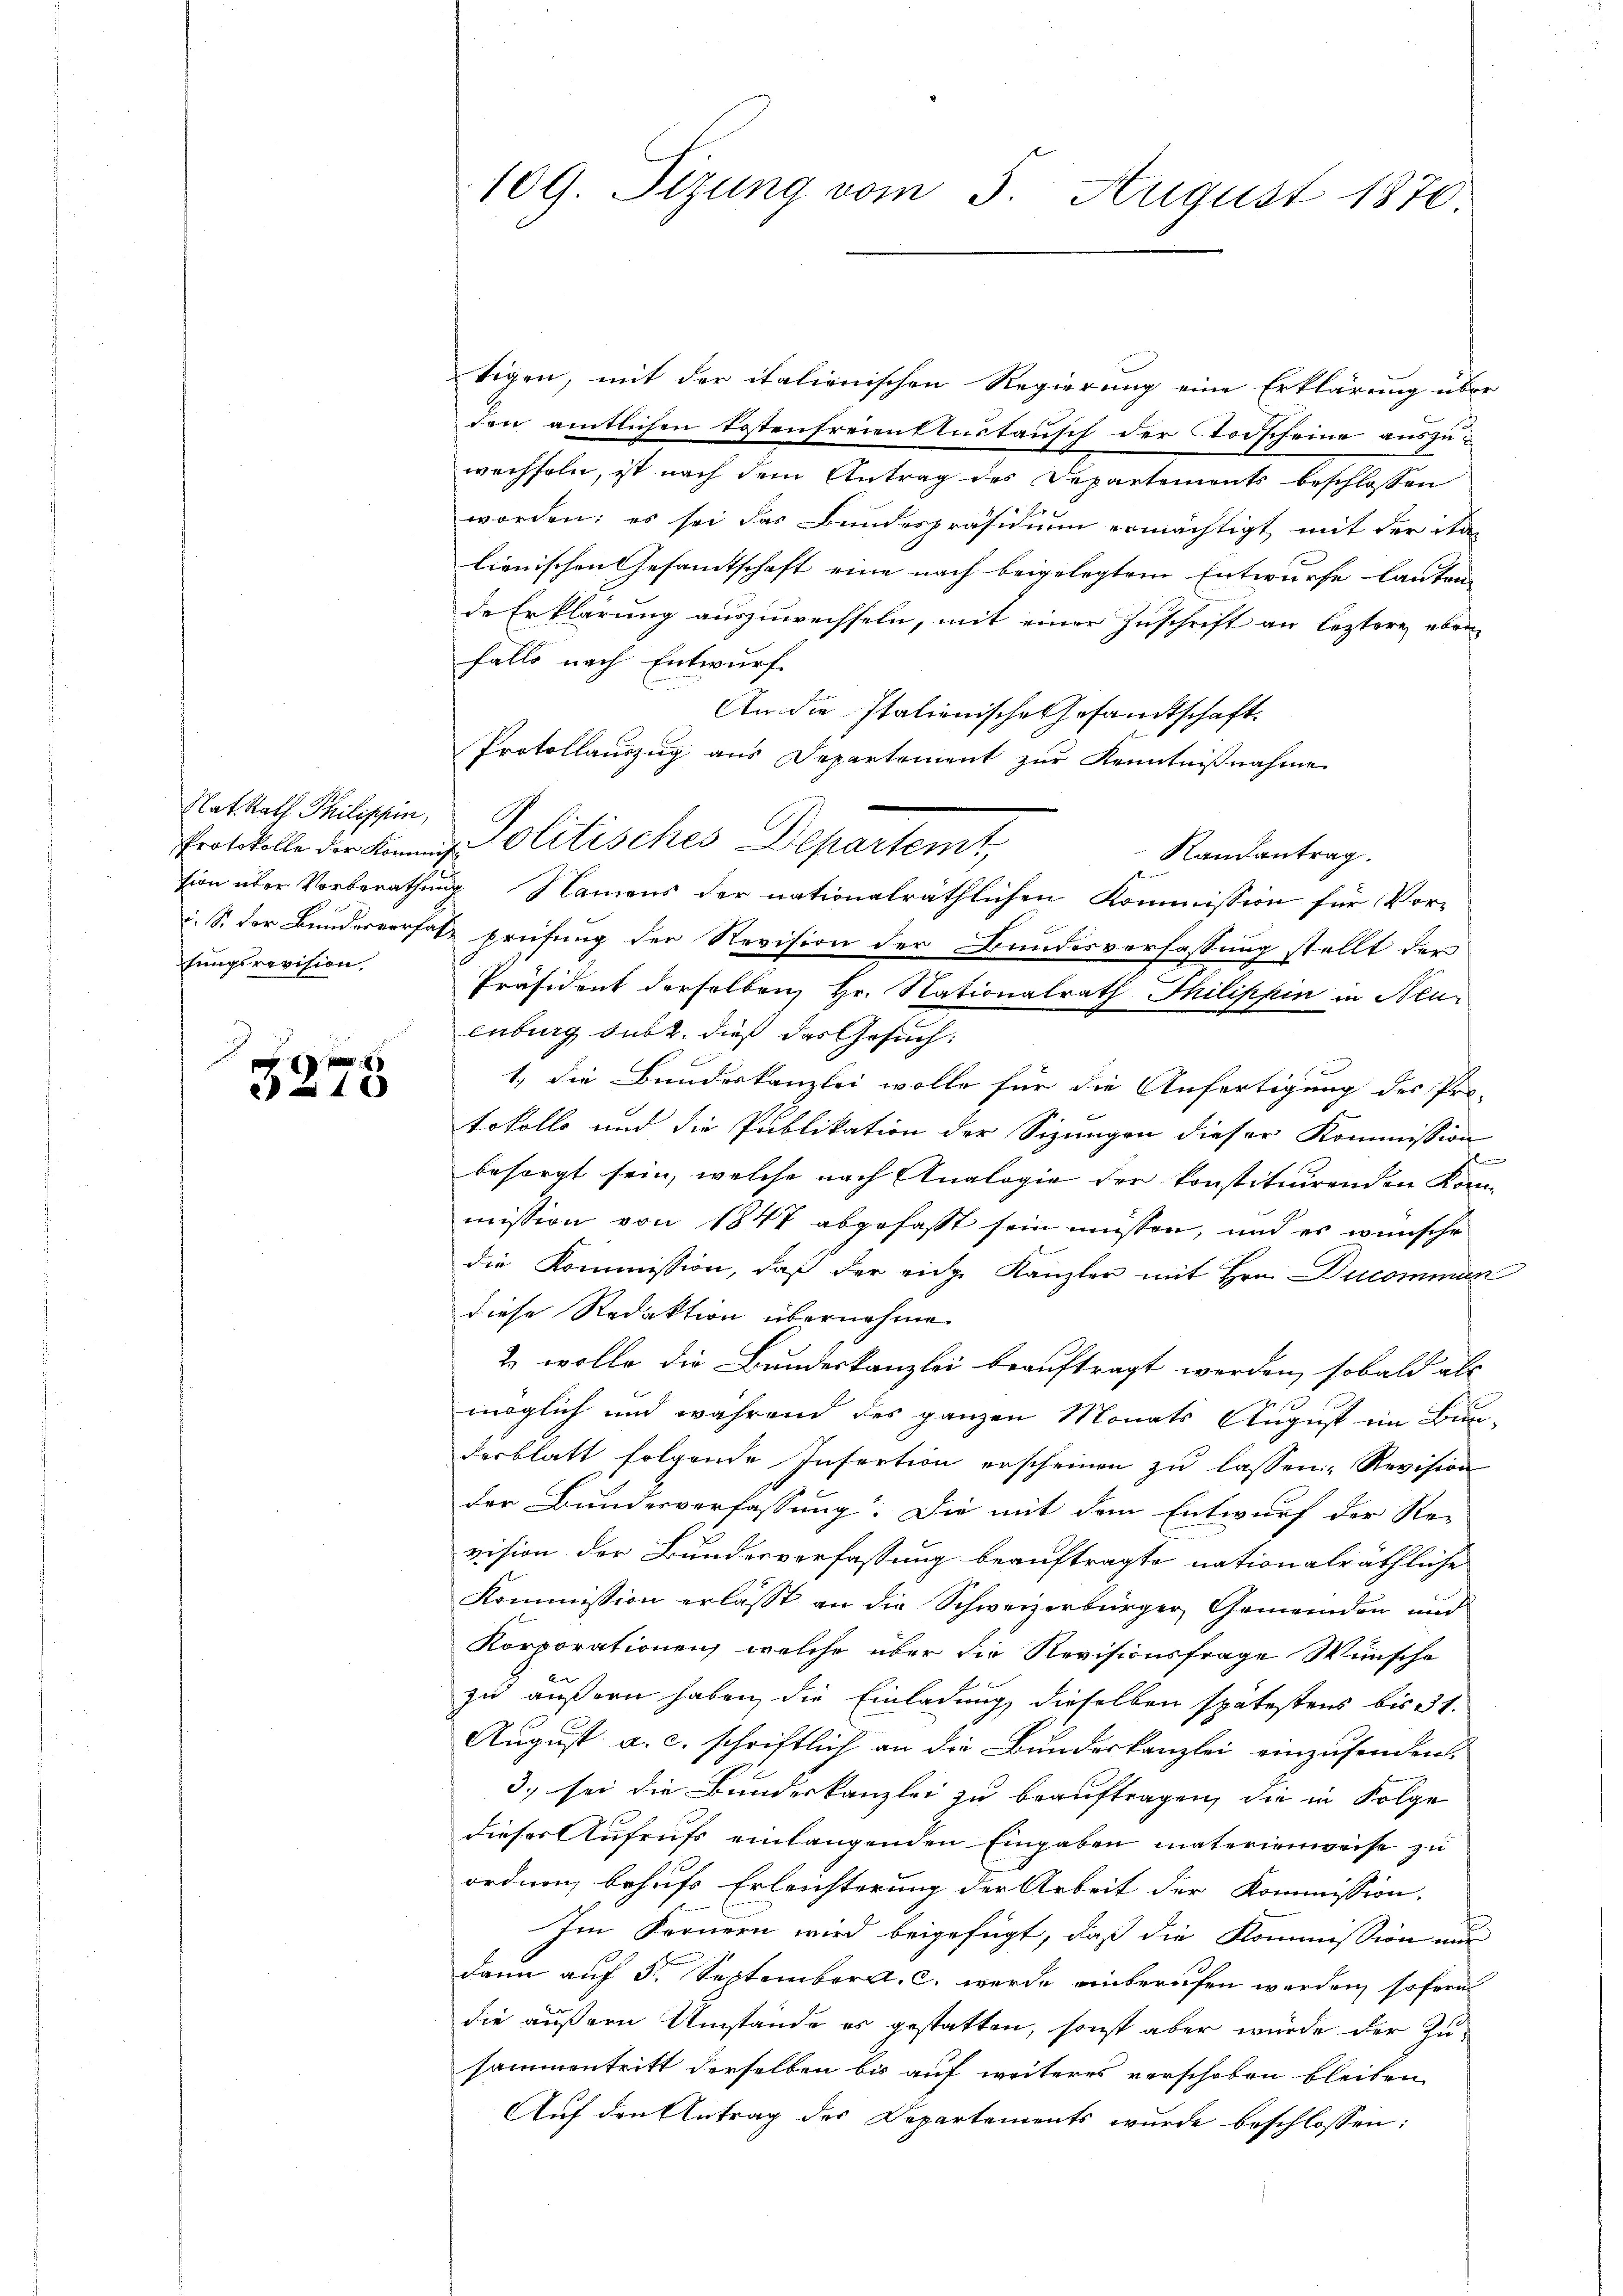
Rat. Rath Philischein,
fungsrevision

5278

109. Sizung vom 5. August 1870.

Protollauszug aus Departement zur Kenntnißnahme
Protokolle der König. Politisches Departemt,

tigen, mit der italienischen Regierung eine Erklärung über
den amtlichen Tostenfreienstustausch der Stodscheine auszuwechseln, ist nach dem Antrag des Departements beschlossen
worden; es sei das Bundespräsidium ermächtigt mit der ita
lienischen Gesamtschaft eine nach beigelegtem Entwurfe lauten
de Erklärung auszuwechseln, mit einer Zuschrift an leztere eben
falls nach Entwurf.
An die Italienische Gesandtschaft
Randantrag.
sion über Vorberathung Namens der nationalräthlichen Kommission für Vor-
i. S. der Bunderversatz prüfung der Revision der Bundesverfassung stellt der
Präsident derselben, Hr. Nationalrath Thilippin in Neuenburg sub 2. dieß das Gesuch:
1. die Bundeskanzlei wolle für die Anfertigung des Pro-
tokolle und die Publikation der Sizungen dieser Kommission
e
besorgt sein, welche nach Analogie der konstituirenden Kon-
mission von 1847 abgefasst sein müssen, und es wünsche
die Kommission, daß der eidge Kanzler mit Hrn. Ducomman
diese Redaktion übernehme.
2. wolle die Bundeskanzlei beauftragt werden, sobald als
möglich und während des ganzen Monats August im Bundesblatt folgende Infertion erscheinen zu lassen Revision
der Bundesverfassung. Die mit dem Entwurf der Re-
vision der Bunderverfassung beauftragte nationalräthliche
Kommission erlässt an die Schweizerbürger, Gemeinden und
Korporationen, welche über die Revisionsfrage Wünsche
zu äußern haben, die Einladung, dieselben spätestens bis 31.
August a. c. schriftlich an die Bundeskanzlei einzusenden.
3.) sei die Bundeskanzlei zu beauftragen, die in Folge
dieser Aufrufs einlangenden Eingaben materienweise zu
ordnen behufs Erleichterung der Arbeit der Kommission,
Im Fernern wird beigefügt, daß die Kommission nur
dann auf 5. September a. c. werde einberufen werden, sofernt
die äußern Umstände es gestatten, sonst aber wurde der Zusammentritt derselben bis auf weiteres verschoben bleiben
Auf den Antrag des Departements wurde beschlossen: